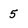
Character: 5